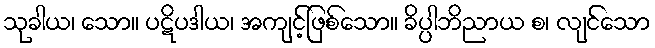
သုခါယ၊ သော။ ပဋိပဒါယ၊ အကျင့်ဖြစ်သော။ ခိပ္ပါဘိညာယ စ၊ လျင်သော